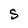
Character: S